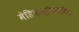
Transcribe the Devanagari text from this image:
मेडियास्टिनीटिस